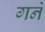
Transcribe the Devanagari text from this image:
गर्ने